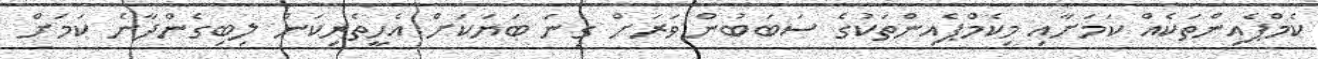
ކެމްޕެއިންތަކެއް ކަމަށާއި މިކެމްޕެއިންތަކުގެ ސަބަބުން ވަރަށް ގިނަ ބަޔަކަށް އެހީތެރިކަން ލިބިގެންދާނެ ކަމަށް